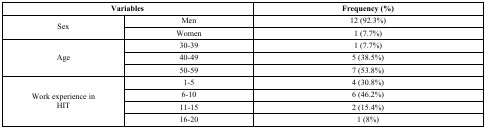
| <COLSPAN=2> Variables | Frequency (%) |
 | --- | --- | --- |
 | <ROWSPAN=2> Sex | Men | 12 (92.3%) |
 | Women | 1 (7.7%) |
 | <ROWSPAN=3> Age | 30-39 | 1 (7.7%) |
 | 40-49 | 5 (38.5%) |
 | 50-59 | 7 (53.8%) |
 | <ROWSPAN=4> Work experience inHIT | 1-5 | 4 (30.8%) |
 | 6-10 | 6 (46.2%) |
 | 11-15 | 2 (15.4%) |
 | 16-20 | 1 (8%) |